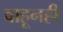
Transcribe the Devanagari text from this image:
वाहूनही